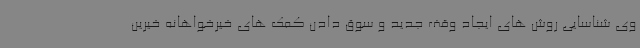
وی شناسایی روش های ایجاد وقف جدید و سوق دادن کمک های خیرخواهانه خیرین